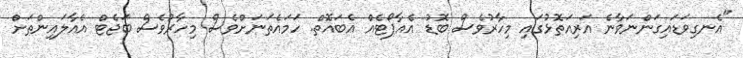
"އެނގިވަޑައިގަންނަވާނެ އަރިއަތޮޅުގައި މިހާރުވެސް ބޮޑު އެއާޕޯޓެއް އެބައޮތް. ހަމައެތަނަށްވެސް މިހާރުވެސް ބަޖެޓް އެއާލައިންތަށް